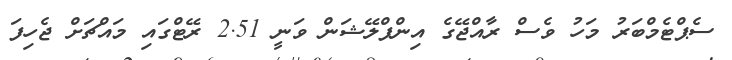
ސެޕްޓެމްބަރު މަހު ވެސް ރާއްޖޭގެ އިންފްލޭޝަން ވަނީ 2.51 ރޭޓްގައި މައްޗަށް ޖެހިފަ